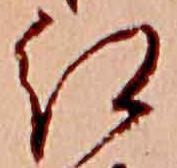
紅